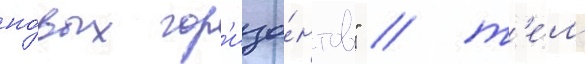
но́вых гор'изо́нтов" / т'е́м